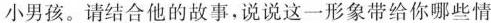
小男孩。请结合他的故事，说说这一形象带给你哪些情